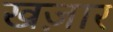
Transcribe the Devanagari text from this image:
खज़ार